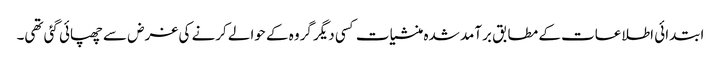
ابتدائی اطلاعات کے مطابق برآمد شدہ منشیات کسی دیگر گروہ کے حوالے کرنے کی غرض سے چھپائی گئی تھی۔